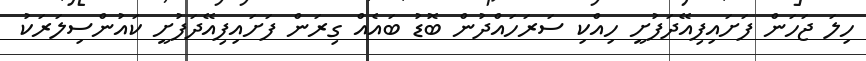
ހިލަ ޖަހަން ފަށައިފިއޭދަފުށީ ހިއްކި ސަރަހައްދުން ބޮޑު ބައެއް ގިރަން ފަށައިފިއޭދަފުށީ ކައުންސިލަރަކު